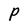
Character: P